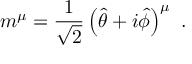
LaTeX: m ^ { \mu } = { \frac { 1 } { \sqrt { 2 } } } \left( { \hat { \theta } } + i { \hat { \phi } } \right) ^ { \mu } \ .